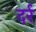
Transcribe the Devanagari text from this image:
दर्र